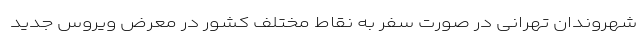
شهروندان تهرانی در صورت سفر به نقاط مختلف کشور در معرض ویروس جدید